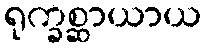
ရုက္ခစ္ဆာယာယ